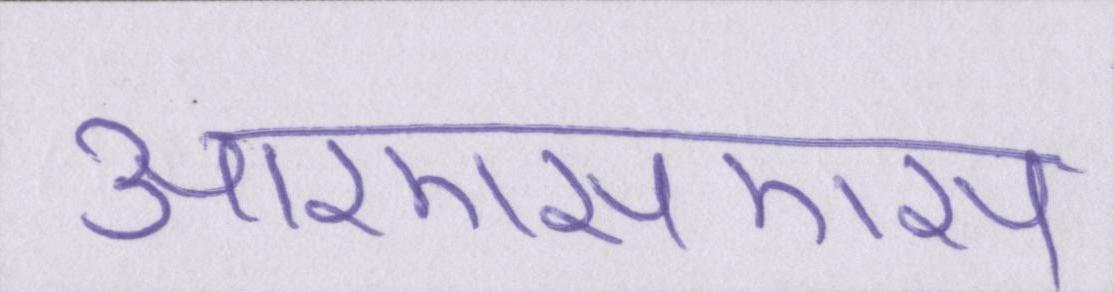
आरएसएस